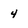
Character: 4